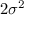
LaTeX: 2 \sigma ^ { 2 }